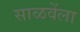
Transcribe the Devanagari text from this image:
साळवेंला